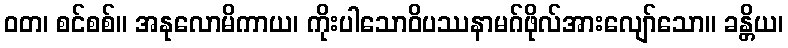
ဝတ၊ စင်စစ်။ အနုလောမိကာယ၊ ကိုးပါသောဝိပဿနာမဂ်ဖိုလ်အားလျော်သော။ ခန္တိယ၊